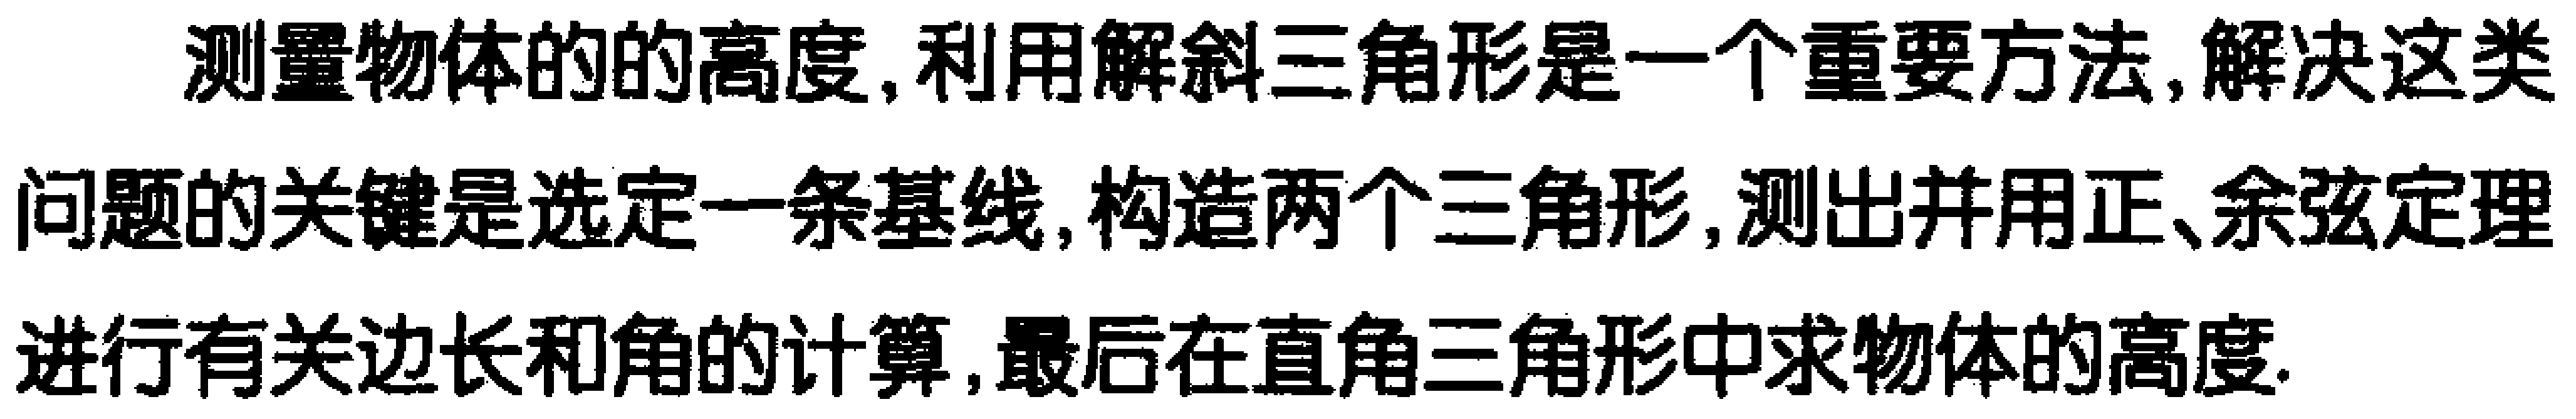
测量物体的的高度, 利用解斜三角形是一个重要方法, 解决这类问题的关键是选定一条基线, 构造两个三角形, 测出并用正、余弦定理进行有关边长和角的计算, 最后在直角三角形中求物体的高度.